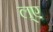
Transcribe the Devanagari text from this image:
ल्ए